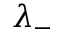
\lambda _ { - }